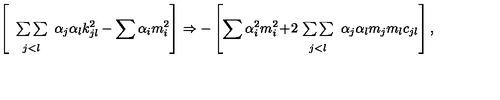
\left[ \begin{array} { c } { { } } \\ { { \sum \sum } } \\ { { } _ { j < l } } \\ \end{array} \alpha _ { j } \alpha _ { l } k _ { j l } ^ { 2 } - \sum \alpha _ { i } m _ { i } ^ { 2 } \right] \Rightarrow - \left[ \sum \alpha _ { i } ^ { 2 } m _ { i } ^ { 2 } \! + \! 2 \! \begin{array} { c } { { } } \\ { { \sum \sum } } \\ { { } _ { j < l } } \\ \end{array} \alpha _ { j } \alpha _ { l } m _ { j } m _ { l } c _ { j l } \right] ,